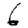
Digit: 6